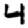
Digit: 4